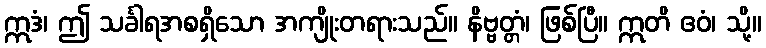
ဣဒံ၊ ဤ သင်္ခါရအစရှိသော အကျိုးတရားသည်။ နိဗ္ဗတ္တံ၊ ဖြစ်ပြီ။ ဣတိ ဧဝံ၊ သို့။